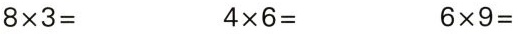
$$8 \times 3 =$$ $$4 \times 6 =$$ $$6 \times 9 =$$